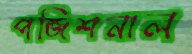
পজিশনাল